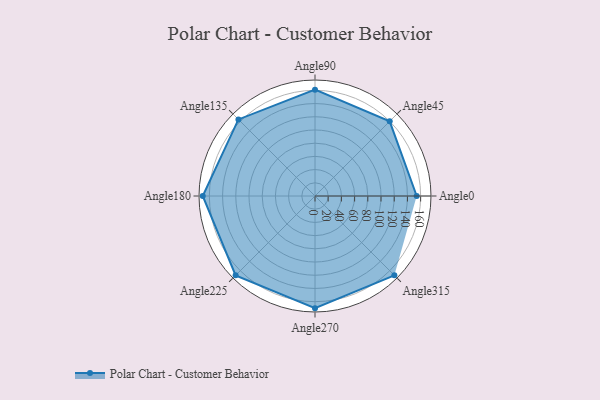
{"axis": {"x": "Angle", "y": "Radius"}, "legend": [""], "data": [{"x": "Angle0", "y": 154.0, "type": ""}, {"x": "Angle45", "y": 160.0, "type": ""}, {"x": "Angle90", "y": 161.0, "type": ""}, {"x": "Angle135", "y": 164.0, "type": ""}, {"x": "Angle180", "y": 170.0, "type": ""}, {"x": "Angle225", "y": 170, "type": ""}, {"x": "Angle270", "y": 170, "type": ""}, {"x": "Angle315", "y": 170, "type": ""}]}